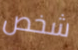
شخص